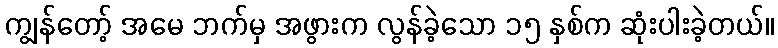
ကျွန်တော့် အမေ ဘက်မှ အဖွားက လွန်ခဲ့သော ၁၅ နှစ်က ဆုံးပါးခဲ့တယ်။